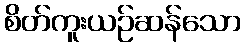
စိတ်ကူးယဉ်ဆန်သော